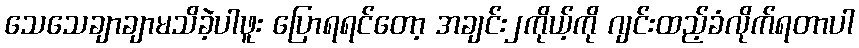
သေသေချာချာမသိခဲ့ပါဖူး ပြောရရင်တော့ အချင်း၂ကိုယ့်ကို ဂျင်းထည့်ခံလိုက်ရတာပါ